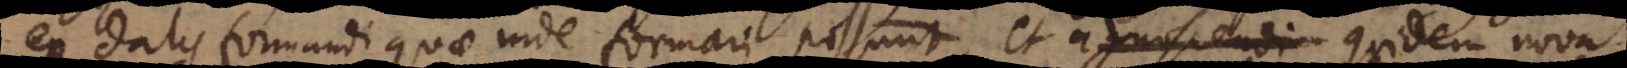
ex datis formandi quae inde formari possunt, et agnoscendi quidem nova